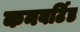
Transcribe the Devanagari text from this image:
कनवर्टिड